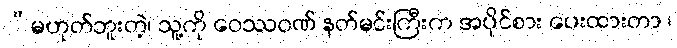
“မဟုတ်ဘူးတဲ့၊ သူ့ကို ဝေဿဝဏ် နတ်မင်းကြီးက အပိုင်စား ပေးထားတာ ၊